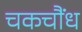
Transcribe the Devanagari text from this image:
चकचौंध